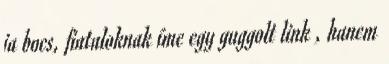
ja bocs, fiataloknak íme egy guggolt link , hanem